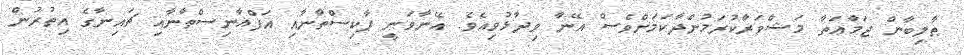
ޠާލިބާން ޖަމާޢަތާ މަޝްވަރާކުރަމުންދާކަމަށްވެސް އޭނާ ވިދާޅުވިއެވެ. އޭނާވަނީ ޕާކިސްތާނާއި އަފްޣާނިސްތާނާއި ޗައިނާގެ އިތުރުން